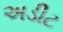
અડીટ